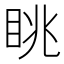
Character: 眺